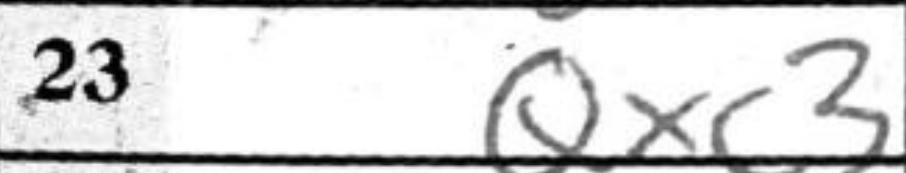
Transcription: Qxc3